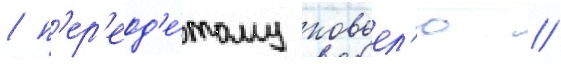
/ п'ер'еод'е́тому ковьел'ю //